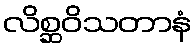
လိစ္ဆဝိသတာနံ